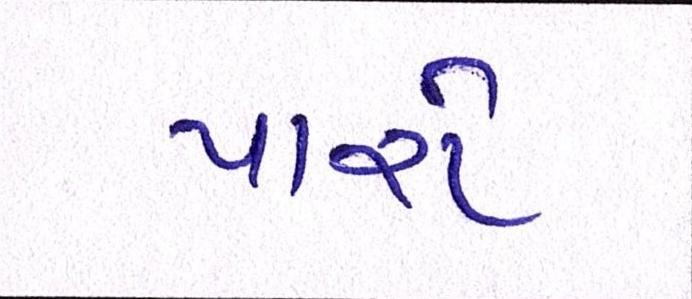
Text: પારો